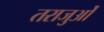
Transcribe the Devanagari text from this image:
तराजुओं